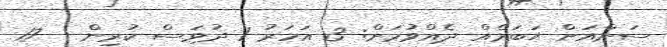
ސަންއަށް ޚަބަރެއް ދެއްވުމަށް: 3 އަހަރު 1 ދުވަސް ކުރިން - 17